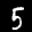
Label: 5